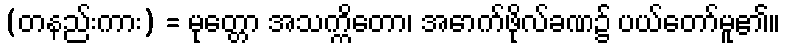
(တနည်းကား) = မုတ္တော အသက္ကိတော၊ အောက်ဖိုလ်ခဏ၌ ပယ်တော်မူ၏။